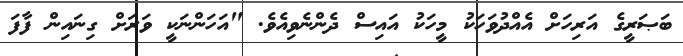
ބަޞަރީގެ އަރިހަށް އެއްދުވަހަކު މީހަކު އައިސް ދެންނެވިއެވެ. "އަހަންނަކީ ވަރަށް ގިނައިން ފާފަ